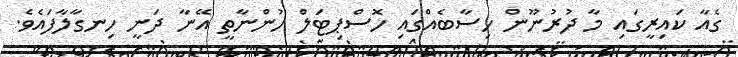
ގެއާ ކައިރީގައި މާ ދުރުނޫން ހިސާބެއްގައި ހޮސްޕިޓަލް ހުންނާތީ އޭނާ ދަނީ ހިނގާލާފައެވެ.